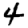
Digit: 4